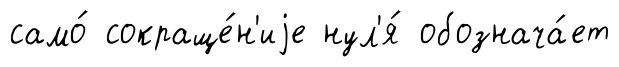
само́ сокраще́н'иjе нул'я́ обознача́ет